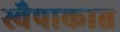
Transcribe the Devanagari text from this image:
स्वैपाकात